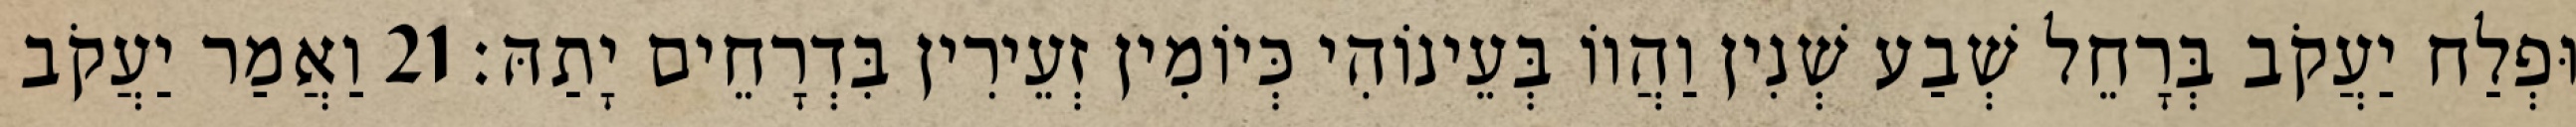
וּפְלַח יַעֲקֹב בְּרָחֵל שְׁבַע שְׁנִין וַהֲווֹ בְּעֵינוֹהִי כְּיוֹמִין זְעֵירִין בִּדְרָחֵים יָתַהּ׃ 21 וַאֲמַר יַעֲקֹב